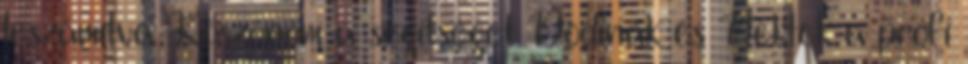
leszámítva Köszönöm a segítséget Dodinak és Nektek a profi